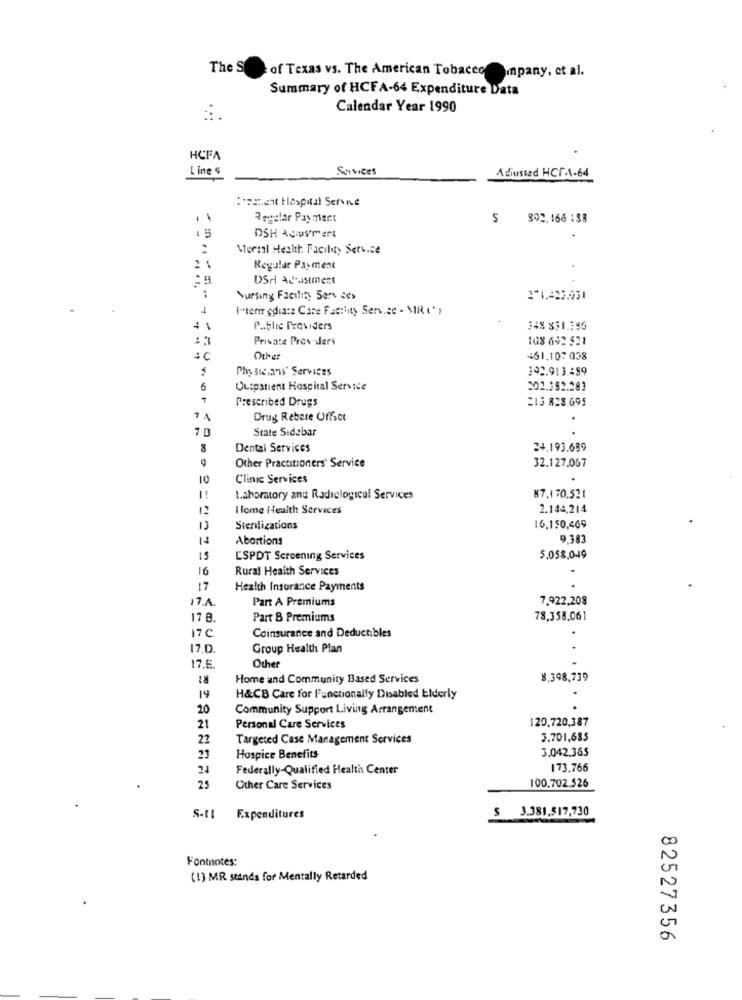
The S
of Texas vs. The American Tobaccompany, et al.
Summary of HCFA-64 Expenditure Data
Calendar Year 1990
HCFA
Line "
Services
Adjusted HCF.A.64
:et Hospital Serne
Rular Payment
802.166 :$8
DSH ACismert
Moral Health Facility Service
2 1
Regular Payment
Nursing Facility Ser des
1
I-term gdiata Care Facility Service . MIRC' ,
Public Providers
348 331.196
:3
Private Prov ders
108 692 521
Other
461,10: 038
Phy Sse.a's' Services
392.913.89
6
Outpatient Hospital Service
302.392.283
Prescribed Drugs
=13 828.695
Drug Rebate Offact
7 3
State Sidebar
Dental Services
24.193.689
32.127.067
Other Practitioners' Service
10
Clinic Services
Laboratory and Radiological Services
87.170.521
12
i fome Health Services
2.143,214
Sterilizations
16.150,469
14
Abortions
9.383
15
CSPDT Screening Services
5,058,049
16
Rural Health Services
17
Health Insurance Payments
17.A.
Part A Premiums
7.922,208
17 8.
Part B Premiums
78,358.061
17C
Coinsurance and Deductibles
17.0.
Group Health Plan
17.5
Other
18
Home and Community Based Services
8.398,739
14
H&CB Care for Functionally Disabled Elderly
20
Community Support Living Arrangement
120.720,387
21
Personal Care Services
22
Targeted Case Management Services
3.701,685
3.042,365
21
Hospice Benefits
Federally-Qualified Health Center
173.766
100.702.526
25
Other Care Services
Expenditures
$ 3.381.517,730
Fontnotes:
(1) MR stands for Mentally Retarded
82527356